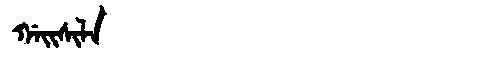
Manchu: ᡤᠠᡳᠰᡳᠯᠠ
Romanization: GAISILA